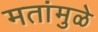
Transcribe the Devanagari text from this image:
मतांमुळे